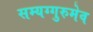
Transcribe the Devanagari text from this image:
सम्यग्गुरुमेव